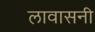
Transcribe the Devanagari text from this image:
लावासनी